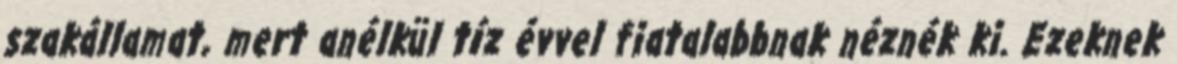
szakállamat, mert anélkül tíz évvel fiatalabbnak néznék ki. Ezeknek